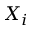
X _ { i }